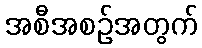
အစီအစဉ်အတွက်